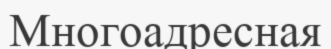
Многоадресная